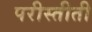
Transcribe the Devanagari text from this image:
परीस्तीती